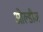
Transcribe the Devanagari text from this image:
ओल्डीज